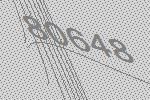
80648